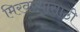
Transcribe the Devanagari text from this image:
मिरवण्यासाठी